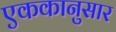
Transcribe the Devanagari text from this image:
एककानुसार